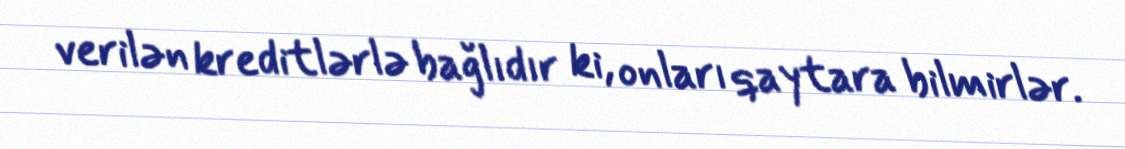
verilən kreditlərlə bağlıdır ki, onları qaytara bilmirlər.